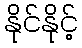
နိုင်နိုင့်